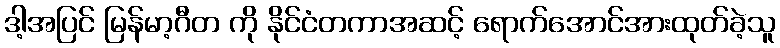
ဒါ့အပြင် မြန်မာ့ဂီတ ကို နိုင်ငံတကာအဆင့် ရောက်အောင်အားထုတ်ခဲ့သူ